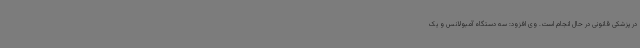
در پزشکی قانونی در حال انجام است. وی افزود: سه دستگاه آمبولانس و یک